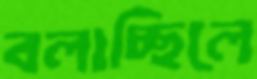
বলাচ্ছিলে